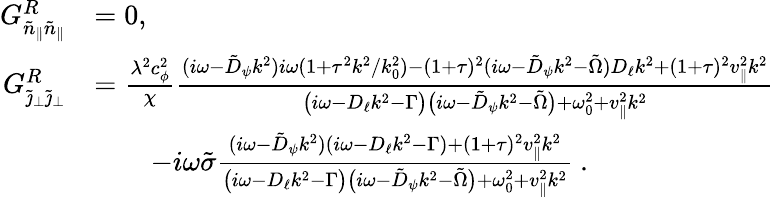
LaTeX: \begin{array}{rl}{G_{\tilde{n}_{\| }\tilde{n}_{\| }}^{R}}&{=0,}\\ {G_{\tilde{\jmath}_{\perp}\tilde{\jmath}_{\perp}}^{R}}&{=\frac{\lambda^{2}c_{\phi}^{2}}{\chi}\frac{(i\omega-\tilde{D}_{\psi}k^{2})i\omega(1+\tau^{2}k^{2}/k_{0}^{2})-(1+\tau)^{2}(i\omega-\tilde{D}_{\psi}k^{2}-\tilde{\Omega})D_{\ell}k^{2}+(1+\tau)^{2}v_{\| }^{2}k^{2}}{\big(i\omega-D_{\ell}k^{2}-\Gamma\big)\big(i\omega-\tilde{D}_{\psi}k^{2}-\tilde{\Omega}\big)+\omega_{0}^{2}+v_{\| }^{2}k^{2}}}\\ &{\qquad-i\omega\tilde{\sigma}\frac{(i\omega-\tilde{D}_{\psi}k^{2})(i\omega-D_{\ell}k^{2}-\Gamma)+(1+\tau)^{2}v_{\| }^{2}k^{2}}{\big(i\omega-D_{\ell}k^{2}-\Gamma\big)\big(i\omega-\tilde{D}_{\psi}k^{2}-\tilde{\Omega}\big)+\omega_{0}^{2}+v_{\| }^{2}k^{2}}~.}\end{array}